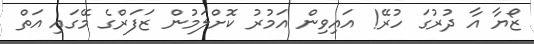
ޒޯޔާ އާ ދުރުގަ ހުރޭ! އައިވިން އަމުރު ކޮށްލަމުން ޒަފަރްގެ މޭގައި އަތް